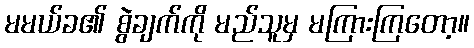
မမယ်ခ၏ စွဲချက်ကို မည်သူမှ မကြားကြတော့။